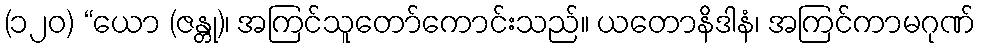
(၁၂၀) “ယော (ဇန္တု)၊ အကြင်သူတော်ကောင်းသည်။ ယတောနိဒါနံ၊ အကြင်ကာမဂုဏ်